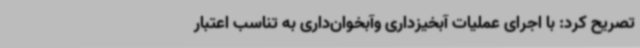
تصریح کرد: با اجرای عملیات آبخیزداری وآبخوان‌داری به تناسب اعتبار